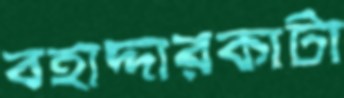
বহাদ্দারকাটা